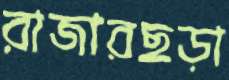
রাজারছড়া